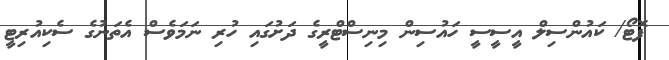
ފޮޓޯ/ ކައުންސިލް އީސީސީ ހައުސިން މިނިސްޓްރީގެ ދަށުގައި ހުރި ނަމަވެސް އެތަނުގެ ސެކިއުރިޓީ